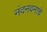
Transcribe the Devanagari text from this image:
नंदनवनाचे